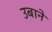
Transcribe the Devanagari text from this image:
उबाने